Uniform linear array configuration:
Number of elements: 64
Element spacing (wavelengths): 0.75
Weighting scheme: kaiser
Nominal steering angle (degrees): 60
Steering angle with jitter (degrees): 59.876
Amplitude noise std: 0.05
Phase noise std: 0.05

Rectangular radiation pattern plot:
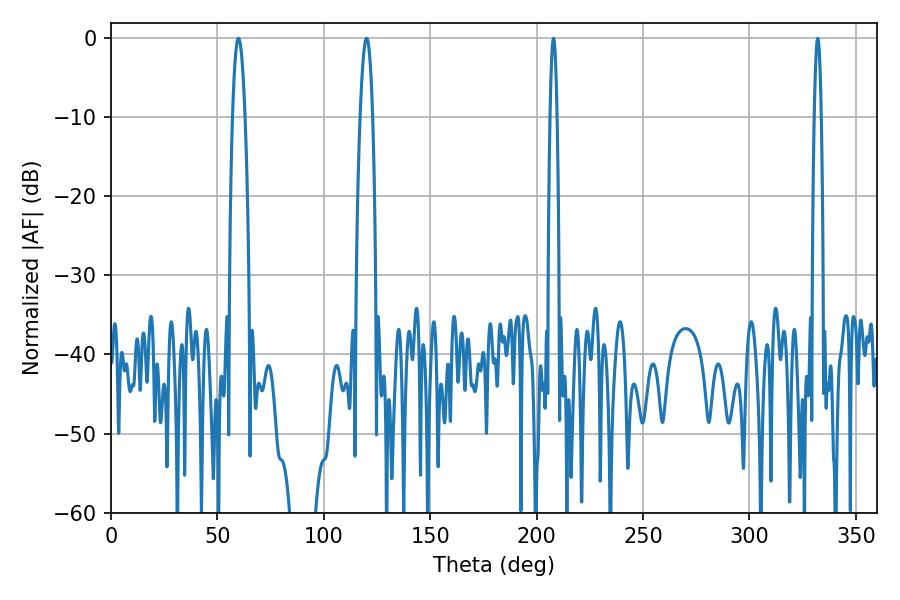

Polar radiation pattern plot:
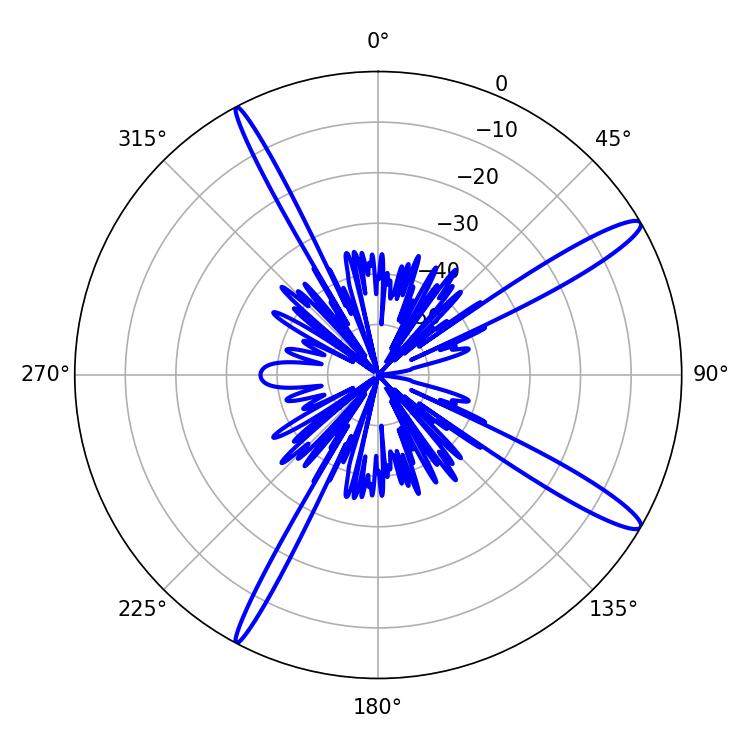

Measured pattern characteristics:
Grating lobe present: TRUE
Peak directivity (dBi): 14.338
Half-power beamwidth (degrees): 1.8
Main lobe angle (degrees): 207.9